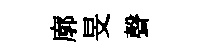
廓旻聲